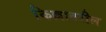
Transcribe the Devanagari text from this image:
किल्लावरील